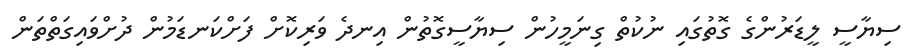
ސިޔާސީ ލީޑަރުންގެ ގޮތުގައި ނުކުތް ގިނަމީހުން ސިޔާސީގޮތުން އިނދެ ވަރިކޮށް ފަށްކަނޑަމުން ދުށްވައިގަތްތަން